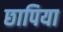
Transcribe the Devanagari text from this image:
छापिया